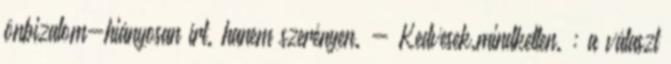
önbizalom-hiányosan írt. hanem szerényen. - Kedvesek.mindketten. : a választ